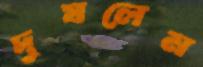
দুষলেম